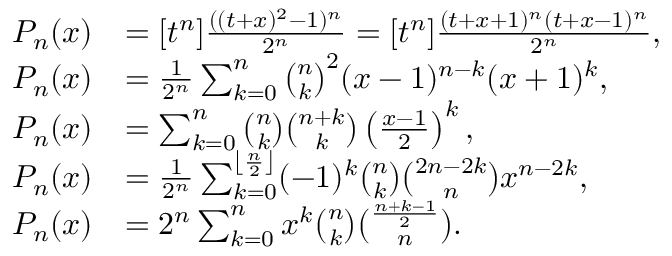
{ \begin{array} { r l } { P _ { n } ( x ) } & { = [ t ^ { n } ] { \frac { ( ( t + x ) ^ { 2 } - 1 ) ^ { n } } { 2 ^ { n } } } = [ t ^ { n } ] { \frac { ( t + x + 1 ) ^ { n } ( t + x - 1 ) ^ { n } } { 2 ^ { n } } } , } \\ { P _ { n } ( x ) } & { = { \frac { 1 } { 2 ^ { n } } } \sum _ { k = 0 } ^ { n } { \binom { n } { k } } ^ { 2 } ( x - 1 ) ^ { n - k } ( x + 1 ) ^ { k } , } \\ { P _ { n } ( x ) } & { = \sum _ { k = 0 } ^ { n } { \binom { n } { k } } { \binom { n + k } { k } } \left( { \frac { x - 1 } { 2 } } \right) ^ { k } , } \\ { P _ { n } ( x ) } & { = { \frac { 1 } { 2 ^ { n } } } \sum _ { k = 0 } ^ { \left\lfloor { \frac { n } { 2 } } \right\rfloor } ( - 1 ) ^ { k } { \binom { n } { k } } { \binom { 2 n - 2 k } { n } } x ^ { n - 2 k } , } \\ { P _ { n } ( x ) } & { = 2 ^ { n } \sum _ { k = 0 } ^ { n } x ^ { k } { \binom { n } { k } } { \binom { \frac { n + k - 1 } { 2 } } { n } } . } \end{array} }